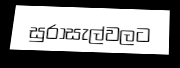
සුරාසැල්වලට